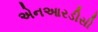
એનઆરડીસી